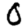
Digit: 0